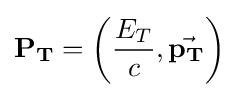
\mathbf {P_{T}} =\left({\frac {E_{T}}{c}},{\vec {\mathbf {p_{T}} }}\right)